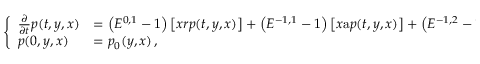
\left\{ \begin{array} { l l } { \frac { \partial } { \partial t } p ( t , y , x ) } & { = \left( E ^ { 0 , 1 } - 1 \right) \left[ x r p ( t , y , x ) \right] + \left( E ^ { - 1 , 1 } - 1 \right) \left[ x \mathrm { a } p ( t , y , x ) \right] + \left( E ^ { - 1 , 2 } - 1 \right) \left[ x ( x - 1 ) \mathrm { b } p ( t , y , x ) \right] \, , } \\ { p ( 0 , y , x ) } & { = p _ { 0 } ( y , x ) \, , } \end{array} \right.